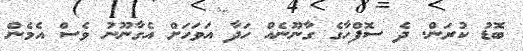
ބޮޑު ކުރަން. ދެ ސޮފްހާގެ ގާނޫނެއް ހަދާ އަވަހަށް އެގާނޫނު ވެސް އެމެން